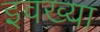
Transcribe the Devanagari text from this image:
इवख्या